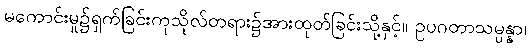
မကောင်းမှု၌ရှက်ခြင်းကုသိုလ်တရား၌အားထုတ်ခြင်းသို့နှင့်။ ဥပဂတာသမ္ပန္နာ၊